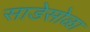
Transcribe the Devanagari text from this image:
साडेसोळा